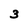
Character: 3